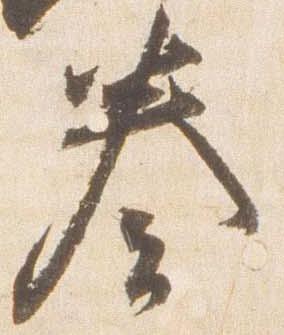
奏